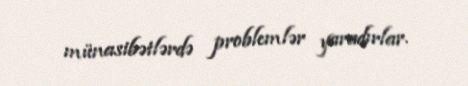
münasibətlərdə problemlər yaradırlar.